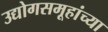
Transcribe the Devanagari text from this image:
उद्योगसमूहांच्या